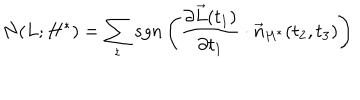
N ( L ; H ^ { * } ) = \sum _ { t } s g n \left( \frac { \partial \vec { L } ( t _ { 1 } ) } { \partial t _ { 1 } } \cdot \vec { n } _ { H ^ { * } } ( t _ { 2 } , t _ { 3 } ) \right)